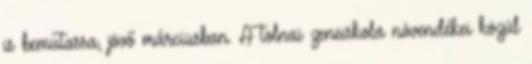
is bemutassa, jövő márciusban. A tolnai zeneiskola növendékei közül